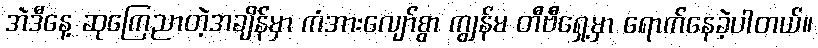
အဲဒီနေ့ ဆုကြေညာတဲ့အချိန်မှာ ကံအားလျော်စွာ ကျွန်မ တီဗီရှေ့မှာ ရောက်နေခဲ့ပါတယ်။